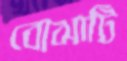
বোঝাটি